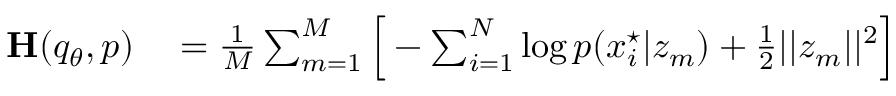
\begin{array} { r l } { \mathbf { H } ( q _ { \theta } , p ) } & { { } = \frac { 1 } { M } \sum _ { m = 1 } ^ { M } \Big [ - \sum _ { i = 1 } ^ { N } \log p ( x _ { i } ^ { \star } | z _ { m } ) + \frac { 1 } { 2 } | | z _ { m } | | ^ { 2 } \Big ] } \end{array}